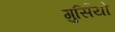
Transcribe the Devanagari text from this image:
गुर्सियो